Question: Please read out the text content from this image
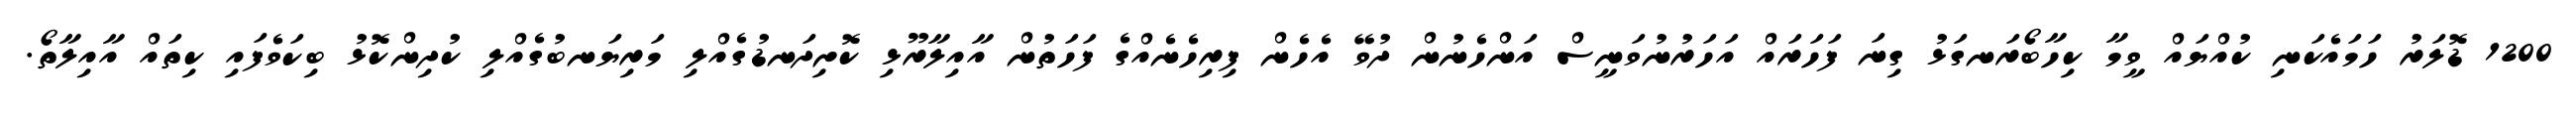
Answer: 1200 ޑޮލަރު ހަމައެކަނި ކުއްޔައް ވީމާ ކިހާބޯރަނގަޅު ގިނަ ފަހަރައް އަހަރުނުވަނީސް އަންހެނުން ދުވޭ އެހެން ފިރިހެނެއްގެ ފަހަތުން އާއިލާރޫޅި ކޮށިދަނޑުގެއްލި މަރިޔަނބުގެއްލި ކުދިންކޮޅު ބިކަވެފައި ކިތައް އާއިލާތޯ.